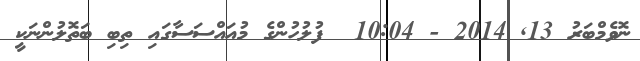
ނޮވެމްބަރު 13